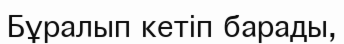
Бұралып кетіп барады,